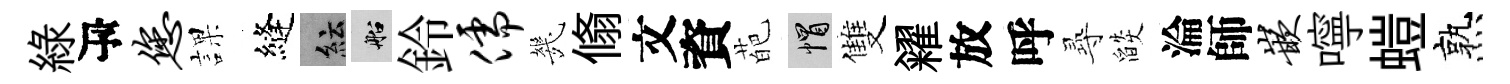
綠瓴您課縫紜船鈴儒㡬翛文資葩帽雙糴放呼𡬶燄淪師嵌嚀螘熟